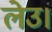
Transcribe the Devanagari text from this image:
लेउ।